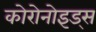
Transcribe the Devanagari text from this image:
कोरोनोइड्स